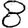
Digit: 8